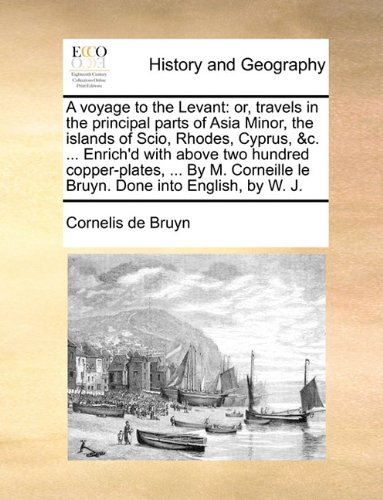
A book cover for A voyage to the Levant: or, travels in the principal parts of Asia Minor, the islands of Scio, Rhodes, Cyprus, &c. ... Enrich'd with above two hundred ... le Bruyn. Done into English, by W. J.; Cornelis de Bruyn; Travel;